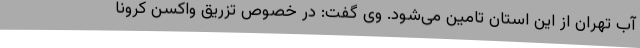
آب تهران از این استان تامین می‌شود. وی گفت: در خصوص تزریق واکسن کرونا